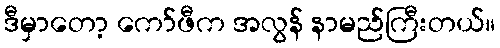
ဒီမှာတော့ ကော်ဖီက အလွန် နာမည်ကြီးတယ်။